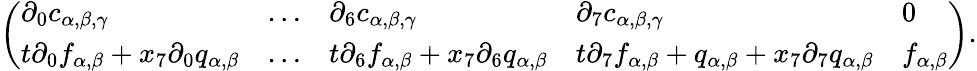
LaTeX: \left(\begin{array}{lllll}{\partial_{0}c_{\alpha,\beta,\gamma}}&{\dots}&{\partial_{6}c_{\alpha,\beta,\gamma}}&{\partial_{7}c_{\alpha,\beta,\gamma}}&{0}\\ {t\partial_{0}f_{\alpha,\beta}+x_{7}\partial_{0}q_{\alpha,\beta}}&{\dots}&{t\partial_{6}f_{\alpha,\beta}+x_{7}\partial_{6}q_{\alpha,\beta}}&{t\partial_{7}f_{\alpha,\beta}+q_{\alpha,\beta}+x_{7}\partial_{7}q_{\alpha,\beta}}&{f_{\alpha,\beta}}\end{array}\right).